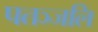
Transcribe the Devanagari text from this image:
पतञ्‍जलि